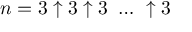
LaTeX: n = 3 \uparrow 3 \uparrow 3 \ \dots \ \uparrow 3